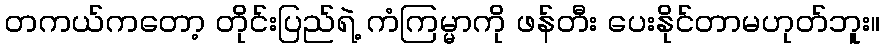
တကယ်ကတော့ တိုင်းပြည်ရဲ့ ကံကြမ္မာကို ဖန်တီး ပေးနိုင်တာမဟုတ်ဘူး။